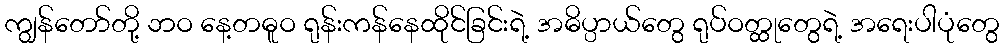
ကျွန်တော်တို့ ဘဝ နေ့တဓူဝ ရုန်းကန်နေထိုင်ခြင်းရဲ့ အဓိပ္ပာယ်တွေ ရုပ်ဝတ္ထုတွေရဲ့ အရေးပါပုံတွေ